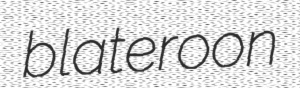
blateroon